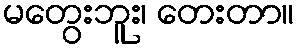
မတွေးဘူး၊ တေးတာ။